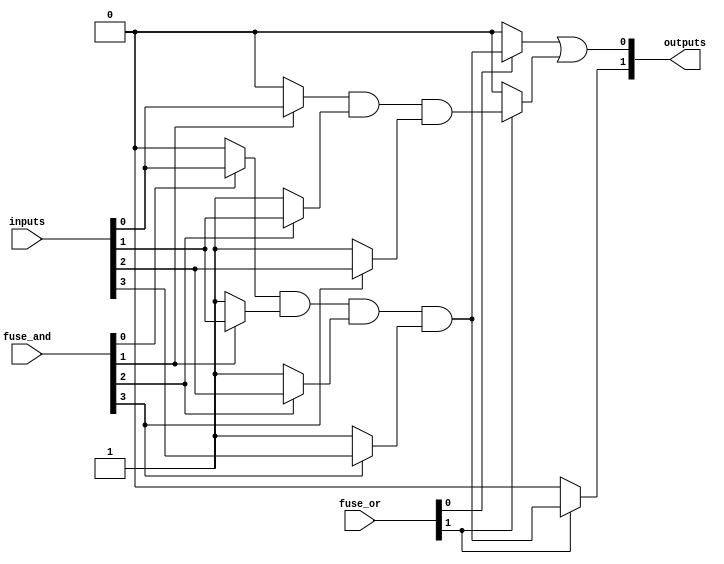
module PLA (
    input wire [N-1:0] inputs,          // Input lines (N inputs)
    input wire [M-1:0] fuse_and,        // Fuse configuration for AND array (M fuses)
    input wire [P-1:0] fuse_or,         // Fuse configuration for OR array (P fuses)
    output wire [Q-1:0] outputs         // Output lines (Q outputs)
);

// Parameters
parameter N = 4; // Number of inputs
parameter M = 4; // Number of AND gates
parameter P = 2; // Number of OR gates
parameter Q = 2; // Number of outputs

// Internal wires for product terms
wire [M-1:0] product_terms; // Product terms from AND array

// AND Array
generate
    genvar i, j;
    for (i = 0; i < M; i = i + 1) begin : and_array
        assign product_terms[i] = (fuse_and[i] ? inputs[0] : 1'b0) & 
                                   (fuse_and[i+1] ? inputs[1] : 1'b1) & 
                                   (fuse_and[i+2] ? inputs[2] : 1'b1) & 
                                   (fuse_and[i+3] ? inputs[3] : 1'b1);
    end
endgenerate

// OR Array
generate
    for (j = 0; j < Q; j = j + 1) begin : or_array
        assign outputs[j] = (fuse_or[j] ? product_terms[0] : 1'b0) | 
                            (fuse_or[j+1] ? product_terms[1] : 1'b0);
    end
endgenerate

endmodule